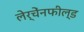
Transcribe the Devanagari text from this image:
लेर्चेंनफील्ड